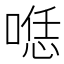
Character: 𱓶